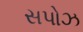
સપોઝ